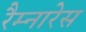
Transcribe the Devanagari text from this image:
रैम्नारेस